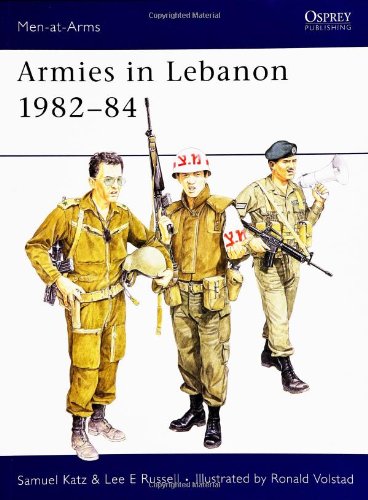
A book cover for Armies in Lebanon, 1982-84 (Men at Arms Series, 165); Sam Katz; History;